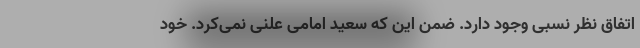
اتفاق نظر نسبی وجود دارد. ضمن این که سعید امامی علنی نمی‌کرد. خود